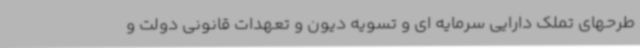
طرحهای تملک دارایی سرمایه ای و تسویه دیون و تعهدات قانونی دولت و